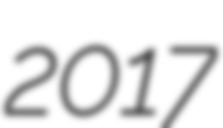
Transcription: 2017